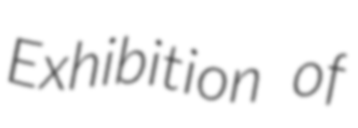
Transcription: Exhibition of